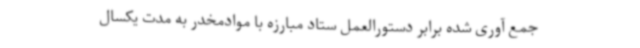
جمع آوری شده برابر دستورالعمل ستاد مبارزه با موادمخدر به مدت یکسال